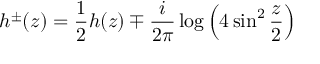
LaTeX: h ^ { \pm } ( z ) = \frac { 1 } { 2 } h ( z ) \mp \frac { i } { 2 \pi } \log \left( 4 \sin ^ { 2 } \frac { z } { 2 } \right)